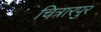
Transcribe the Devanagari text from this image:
चित्रारपुर